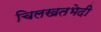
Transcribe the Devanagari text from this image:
चिलखतभेदी